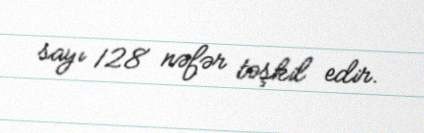
sayı 128 nəfər təşkil edir.